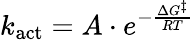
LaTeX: k_{\mathrm{act}}=A\cdot e^{-{\frac{\Delta G^{\ddagger}}{RT}}}